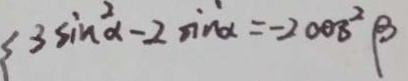
3 \sin ^ { 2 } \alpha - 2 \sin \alpha = - 2 0 0 3 ^ { 2 } \beta